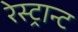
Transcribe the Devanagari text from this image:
रेस्ट्रान्ट